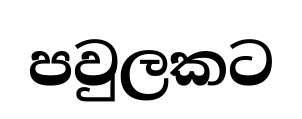
පවුලකට